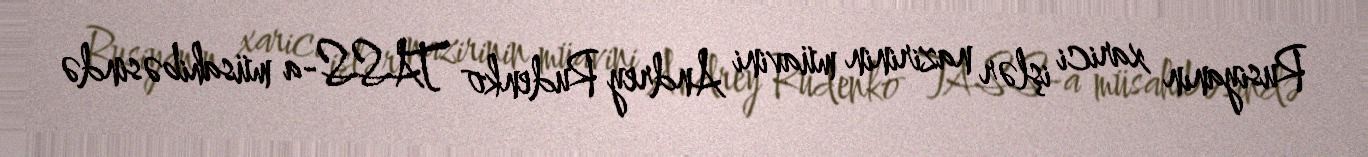
Rusiyanın xarici işlər nazirinin müavini Andrey Rudenko TASS-a müsahibəsində